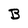
Character: B